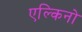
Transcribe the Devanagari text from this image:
एल्किनो